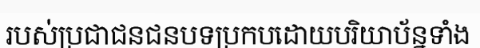
របស់ប្រជាជនជនបទប្រកបដោយបរិយាប័ន្នទាំង